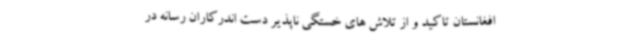
افغانستان تاکید و از تلاش های خستگی ناپذیر دست اندرکاران رسانه در